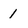
Character: 1